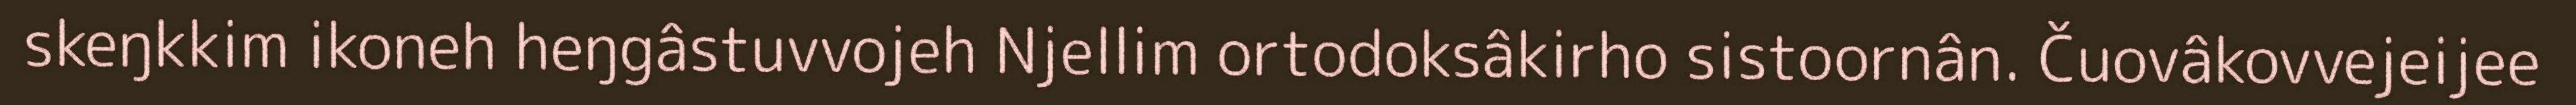
skeŋkkim ikoneh heŋgâstuvvojeh Njellim ortodoksâkirho sistoornân. Čuovâkovvejeijee